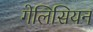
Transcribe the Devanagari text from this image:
गेलिसियन